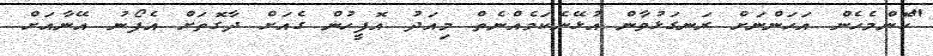
"ކޮންމެހެން އަހަންނަށް ރަނގަޅުވާން އުޅޭނެކަމެއްނެތް މިއަދު އޮފީހުން ގެއަށް ދާގޮތަށް އެފޯނު އޭނާއަށް